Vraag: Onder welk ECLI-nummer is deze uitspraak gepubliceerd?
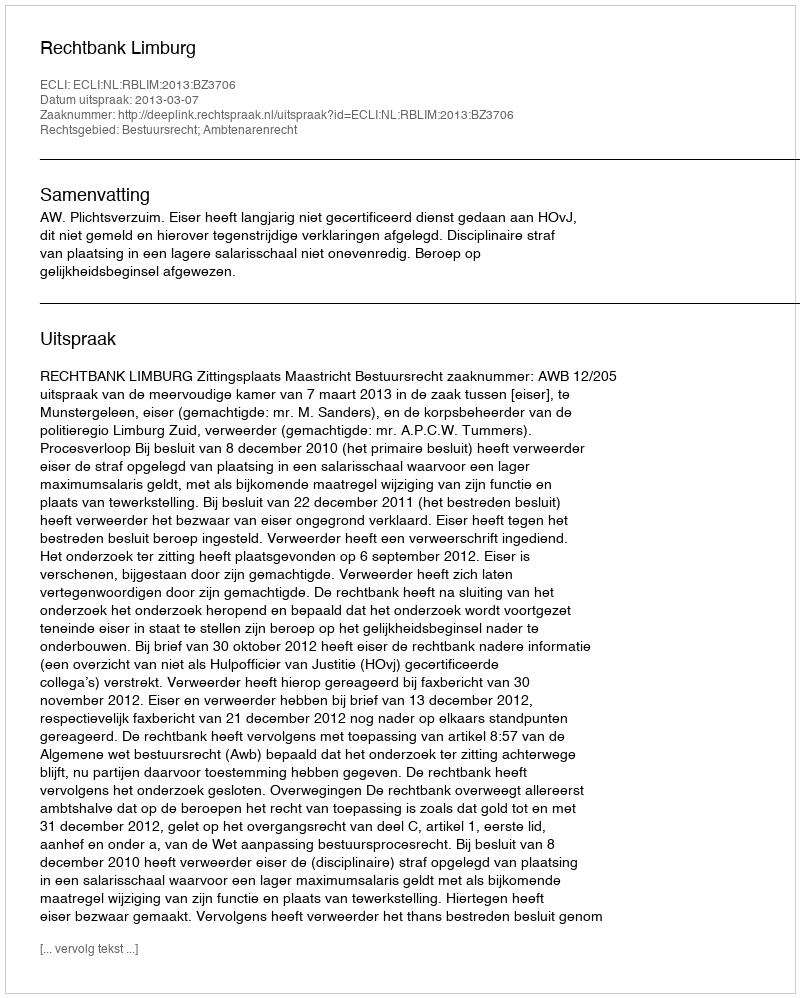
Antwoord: ECLI:NL:RBLIM:2013:BZ3706